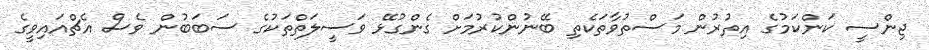
ޖިންސީ ކަންކަމުގެ އިތުރުން މަސްތުވާތަކެތި ބޭނުންކުރުމަށް ގެންގުޅޭ ވަސީލަތްތަކުގެ ސަބަބުން ވެސް އެޗްއައިވީގެ